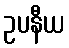
ဥပနီယ